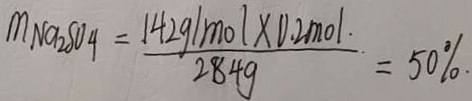
m _ { N a 2 S O 4 } = \frac { 1 4 2 g / m o l \times 0 . 2 m o l } { 2 8 4 g } = 5 0 \%